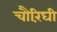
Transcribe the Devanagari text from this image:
चौरिंघी